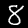
Label: 8